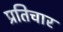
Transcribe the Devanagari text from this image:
प्रतिचार